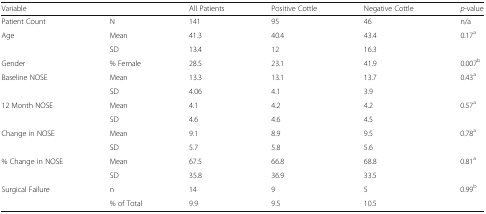
<table><thead><tr><td><b>Variable</b></td><td></td><td><b>All Patients</b></td><td><b>Positive Cottle</b></td><td><b>Negative Cottle</b></td><td><b><i>p</i>-value</b></td></tr></thead><tbody><tr><td>Patient Count</td><td>N</td><td>141</td><td>95</td><td>46</td><td>n/a</td></tr><tr><td rowspan="2">Age</td><td>Mean</td><td>41.3</td><td>40.4</td><td>43.4</td><td rowspan="2">0.17<sup>a</sup></td></tr><tr><td>SD</td><td>13.4</td><td>12</td><td>16.3</td></tr><tr><td>Gender</td><td>% Female</td><td>28.5</td><td>23.1</td><td>41.9</td><td>0.007<sup>b</sup></td></tr><tr><td rowspan="2">Baseline NOSE</td><td>Mean</td><td>13.3</td><td>13.1</td><td>13.7</td><td rowspan="2">0.43<sup>a</sup></td></tr><tr><td>SD</td><td>4.06</td><td>4.1</td><td>3.9</td></tr><tr><td rowspan="2">12 Month NOSE</td><td>Mean</td><td>4.1</td><td>4.2</td><td>4.2</td><td rowspan="2">0.57<sup>a</sup></td></tr><tr><td>SD</td><td>4.6</td><td>4.6</td><td>4.5</td></tr><tr><td rowspan="2">Change in NOSE</td><td>Mean</td><td>9.1</td><td>8.9</td><td>9.5</td><td rowspan="2">0.78<sup>a</sup></td></tr><tr><td>SD</td><td>5.7</td><td>5.8</td><td>5.6</td></tr><tr><td rowspan="2">% Change in NOSE</td><td>Mean</td><td>67.5</td><td>66.8</td><td>68.8</td><td rowspan="2">0.81<sup>a</sup></td></tr><tr><td>SD</td><td>35.8</td><td>36.9</td><td>33.5</td></tr><tr><td rowspan="2">Surgical Failure</td><td>n</td><td>14</td><td>9</td><td>5</td><td rowspan="2">0.99<sup>b</sup></td></tr><tr><td>% of Total</td><td>9.9</td><td>9.5</td><td>10.5</td></tr></tbody></table>